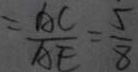
= \frac { A C } { A E } = \frac { 5 } { 8 }